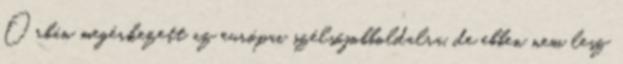
Orbán megérkezett az európai szélsőjobboldalra, de ebben nem lesz